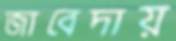
জাবেদায়